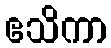
ဧသိကာ